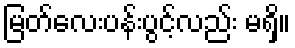
မြတ်လေးပန်းပွင့်လည်း မရှိ။